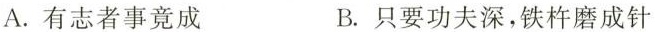
A.有志者事竟成 B.只要功夫深，铁杵磨成针